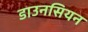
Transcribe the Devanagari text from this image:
डाउनसियन